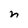
Character: n